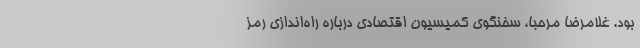
بود. غلامرضا مرحبا، سخنگوی کمیسیون اقتصادی درباره را‌ه‌اندازی رمز